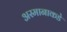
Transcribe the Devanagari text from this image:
अस्मानाकडे